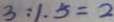
3 : 1 . 5 = 2